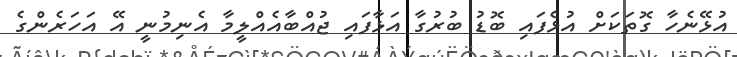
އުޅޭނެހާ ގޮތަކަށް އުޅެފައި ބޮޑު ބުރުގާ އަޅާފައި ޖުއްބާއެއްލީމާ އެނިމުނީ އޭ އަހަރެންގެ